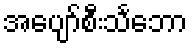
အပျော်စီးသင်္ဘော